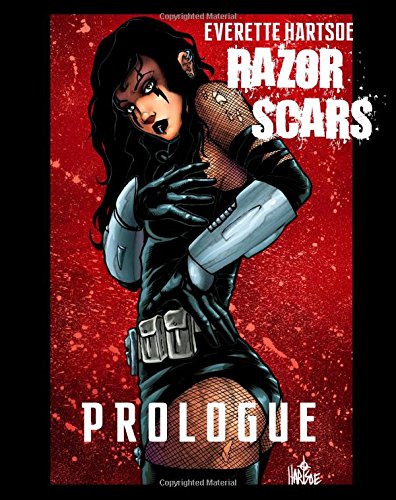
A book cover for Everette Hartsoe's RAZOR: SCARS Prologue; Mr. Everette B. Hartsoe; Comics & Graphic Novels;